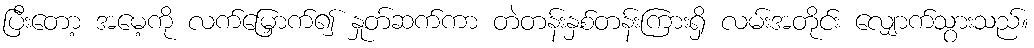
ပြီးတော့ အမေ့ကို လက်မြှောက်၍ နှုတ်ဆက်ကာ တဲတန်းနှစ်တန်းကြားရှိ လမ်းအတိုင်း လျှောက်သွားသည်။